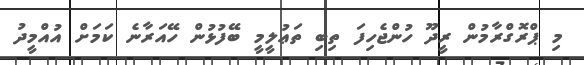
މި ޕްރޮގްރާމުން ރީދޫ ހުންޖެހިފަ ތިބި ތަޢުލީމީ ބޭފުޅުން ހޭއަރާނެ ކަމަށް އުއްމީދު